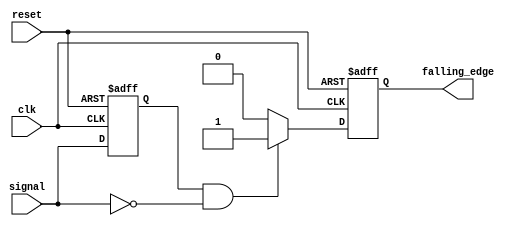
module falling_edge_detector (
    input wire clk,                // Clock signal
    input wire reset,              // Asynchronous reset signal
    input wire signal,             // Input signal to detect falling edge
    output reg falling_edge        // Output signal indicating falling edge
);

    reg signal_prev;               // Register to store the previous state of the input signal

    // Asynchronous reset and state update
    always @(posedge clk or posedge reset) begin
        if (reset) begin
            signal_prev <= 1'b0;    // Initialize previous signal state to low on reset
            falling_edge <= 1'b0;   // Initialize falling edge output to low
        end else begin
            // Falling edge detection logic
            if (signal_prev == 1'b1 && signal == 1'b0) begin
                falling_edge <= 1'b1; // Set falling edge high on falling edge detection
            end else begin
                falling_edge <= 1'b0;  // Reset falling edge output
            end
            
            // Update previous signal state
            signal_prev <= signal;    // Store current signal state for the next clock cycle
        end
    end

endmodule